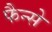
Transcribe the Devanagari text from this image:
फैन्से